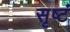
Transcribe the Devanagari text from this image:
सृष्टं